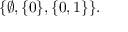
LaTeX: \{ \varnothing , \{ 0 \} , \{ 0 , 1 \} \} .